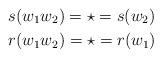
LaTeX: \begin{align*}&s(w_1w_2)= \star = s(w_2)\\&r(w_1w_2)= \star = r(w_1) \end{align*}